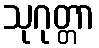
သုဂုတ္တာ